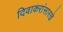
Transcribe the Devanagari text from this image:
दिवाकरांसारखे